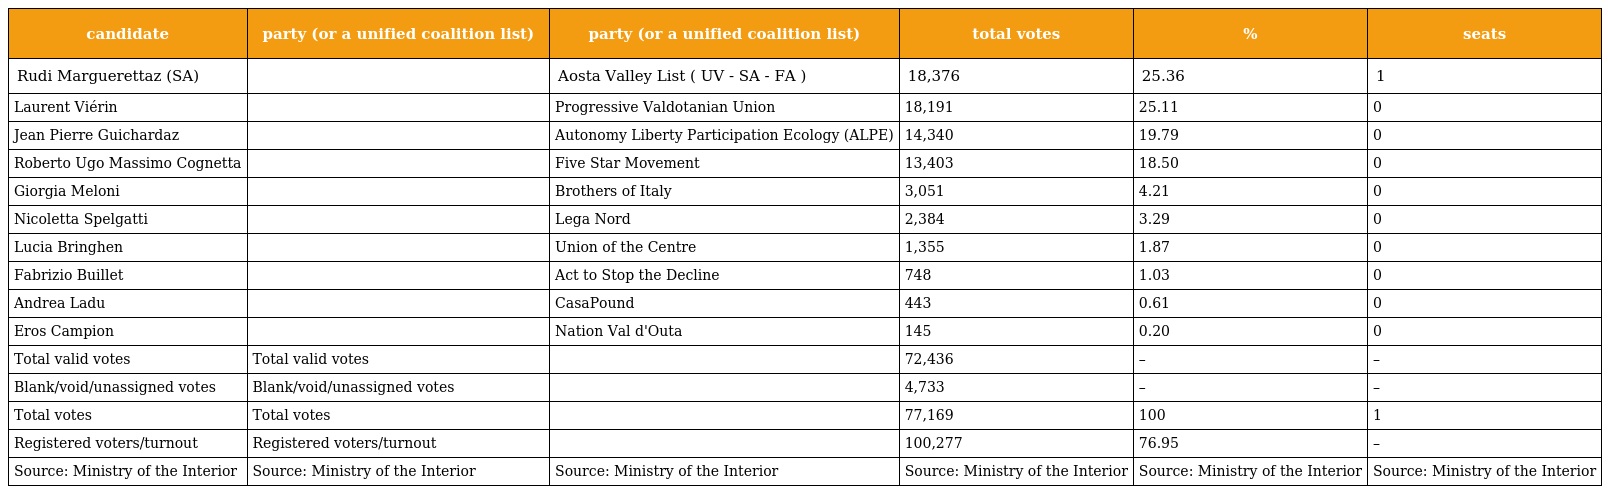
| candidate | party (or a unified coalition list) | party (or a unified coalition list) | total votes | % | seats |
 | --- | --- | --- | --- | --- | --- |
 | Rudi Marguerettaz (SA) |  | Aosta Valley List ( UV - SA - FA ) | 18,376 | 25.36 | 1 |
 | Laurent Viérin |  | Progressive Valdotanian Union | 18,191 | 25.11 | 0 |
 | Jean Pierre Guichardaz |  | Autonomy Liberty Participation Ecology (ALPE) | 14,340 | 19.79 | 0 |
 | Roberto Ugo Massimo Cognetta |  | Five Star Movement | 13,403 | 18.50 | 0 |
 | Giorgia Meloni |  | Brothers of Italy | 3,051 | 4.21 | 0 |
 | Nicoletta Spelgatti |  | Lega Nord | 2,384 | 3.29 | 0 |
 | Lucia Bringhen |  | Union of the Centre | 1,355 | 1.87 | 0 |
 | Fabrizio Buillet |  | Act to Stop the Decline | 748 | 1.03 | 0 |
 | Andrea Ladu |  | CasaPound | 443 | 0.61 | 0 |
 | Eros Campion |  | Nation Val d'Outa | 145 | 0.20 | 0 |
 | Total valid votes | Total valid votes |  | 72,436 | – | – |
 | Blank/void/unassigned votes | Blank/void/unassigned votes |  | 4,733 | – | – |
 | Total votes | Total votes |  | 77,169 | 100 | 1 |
 | Registered voters/turnout | Registered voters/turnout |  | 100,277 | 76.95 | – |
 | Source: Ministry of the Interior | Source: Ministry of the Interior | Source: Ministry of the Interior | Source: Ministry of the Interior | Source: Ministry of the Interior | Source: Ministry of the Interior |